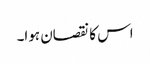
اس کا نقصان ہوا۔